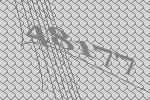
48177